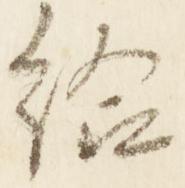
給